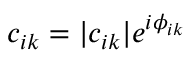
c _ { i k } = | c _ { i k } | e ^ { i \phi _ { i k } }